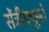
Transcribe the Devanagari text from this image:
सेंट्रीफ्यूजों